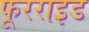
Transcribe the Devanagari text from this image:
फूरराइड